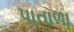
પાતાળા